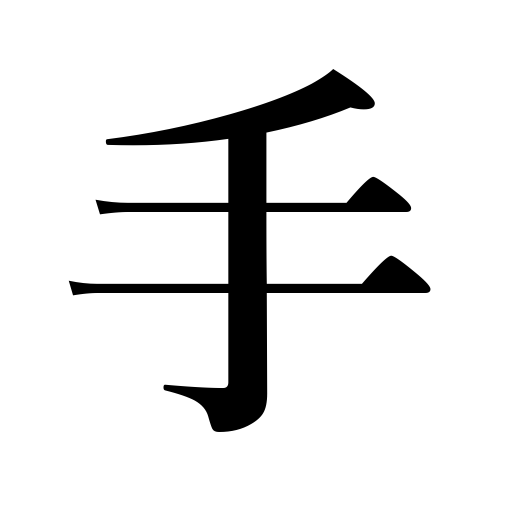
Meanings: trouble,arm,help,trick,handwriting,means,connection,management,skill,hand,control,side,care,snare,handle,kind,direction,injury,possession